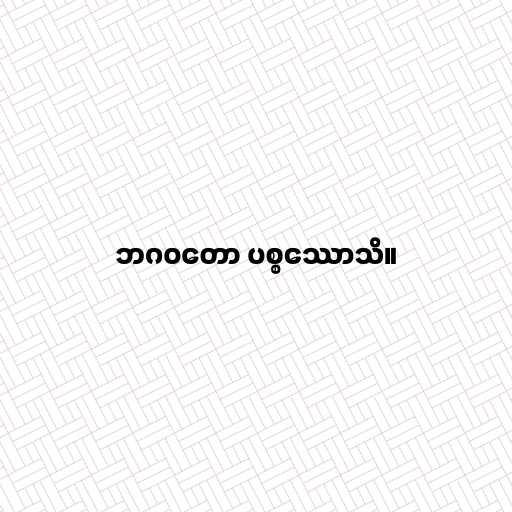
ဘဂဝတော ပစ္စဿောသိ။